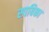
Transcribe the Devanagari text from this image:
साबिका